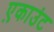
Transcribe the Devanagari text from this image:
ए़काउंट